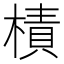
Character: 樍